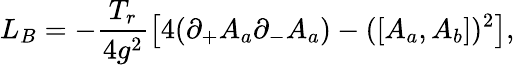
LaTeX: L_{B}=-\frac{T_{r}}{4g^{2}}\left[4(\partial_{+}A_{a}\partial_{-}A_{a})-(\left[A_{a},A_{b}\right])^{2}\right],